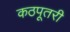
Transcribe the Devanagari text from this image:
कठपूतरी